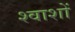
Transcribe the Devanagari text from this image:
श्वाशों